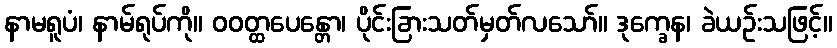
နာမရူပံ၊ နာမ်ရုပ်ကို။ ဝဝတ္ထပေန္တော၊ ပိုင်းခြားသတ်မှတ်လသော်။ ဒုက္ခေန၊ ခဲယဉ်းသဖြင့်။